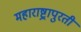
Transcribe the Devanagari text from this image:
महाराष्ट्रापुरती